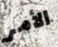
الأمر